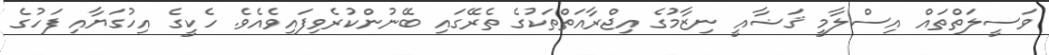
ވަސީލަތްތައް އިސްލާމީ ޤަޟާއީ ނިޒާމުގެ އިޖްރާއަތްތަކުގެ ތެރޭގައި ބޭނުންކުރެވިފައިވެއެވެ. ހެކީގެ އިހުގަޔާއި ފަހުގެ